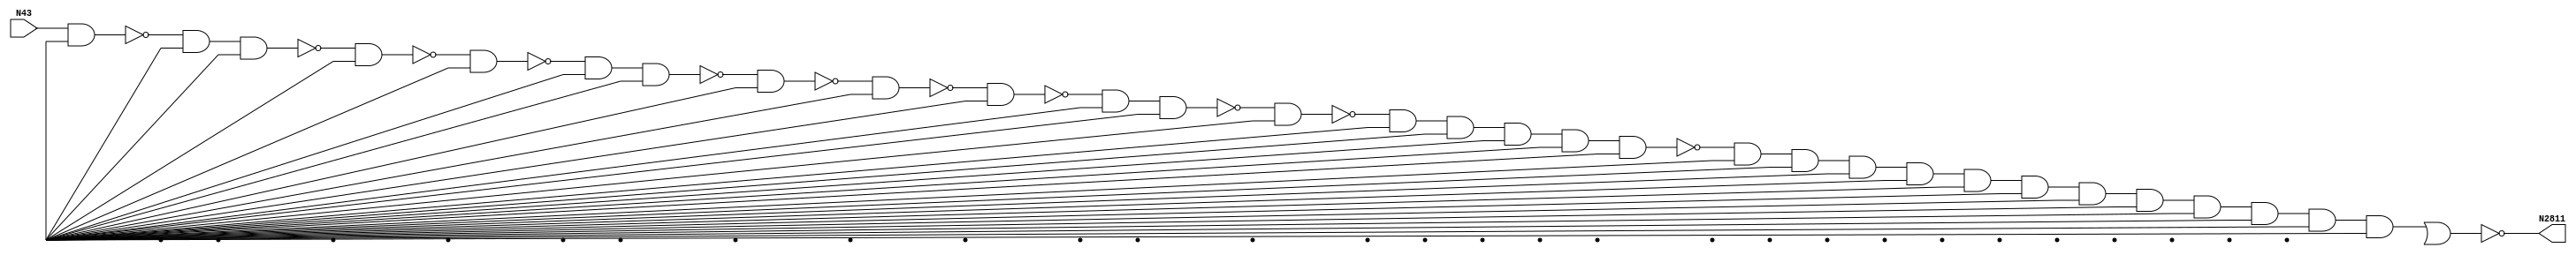
module singlepath (N43, N2811);
input N43;
output N2811;
wire N2788, N2205, N2552, N1493, N1367, N2021, N1734, N1731, N1786, N2022, N1623, N2315, N1554, N2611, N1882, N571, N2229, N1454, N1521, N1987, N243, N1216, N2235, N2576, N1936, N727, N1314, N1025, N2269, N385, N2620, N1215, N745, N1841, N1787, N1911, N1883, N2039, N2789, N2555, N2081, N1453, N2202, N1022, N2228, N2658, N2245, N1658, N2628, N2272, N2800, N2326, N2573, N1810, N2617, N2614, N2655, N2061, N2661, N2664, N2746, N2750, Vcc, gnd;
not NOT1_15(N243, N43);
buf BUFF1_57(N385, N43);
buf BUFF1_86(N571, N243);
buf BUFF1_138(N727, N243);
buf BUFF1_144(N745, N243);
buf BUFF1_223(N1022, N571);
buf BUFF1_224(N1025, N571);
not NOT1_280(N1215, N1025);
nand NAND2_281(N1216, N1025, Vcc);
nand NAND2_318(N1314, N1215, Vcc);
nand NAND2_340(N1367, N1314, Vcc);
nand NAND2_374(N1453, N1367, Vcc);
not NOT1_375(N1454, N1367);
nand NAND2_402(N1493, N1454, Vcc);
nand NAND2_416(N1521, N1493, Vcc);
not NOT1_429(N1554, N1521);
buf BUFF1_450(N1623, N1554);
buf BUFF1_459(N1658, N1554);
buf BUFF1_492(N1731, N1623);
buf BUFF1_493(N1734, N1623);
not NOT1_515(N1786, N1734);
nand NAND2_516(N1787, N1734, Vcc);
nand NAND2_528(N1810, N1786, Vcc);
nand NAND2_542(N1841, N1810, Vcc);
nand NAND2_559(N1882, N1841, Vcc);
not NOT1_560(N1883, N1841);
nand NAND2_570(N1911, N1883, Vcc);
nand NAND2_583(N1936, N1911, Vcc);
not NOT1_603(N1987, N1936);
not NOT1_622(N2021, N1987);
nand NAND2_623(N2022, N1987, Vcc);
nand NAND2_634(N2039, N2021, Vcc);
nand NAND2_642(N2061, N2039, Vcc);
nand NAND2_650(N2081, N2061, Vcc);
buf BUFF1_661(N2202, N2081);
buf BUFF1_662(N2205, N2081);
nand NAND2_673(N2228, N2202, Vcc);
not NOT1_674(N2229, N2202);
nand NAND2_680(N2235, N2229, Vcc);
nand NAND2_686(N2245, N2235, Vcc);
not NOT1_694(N2269, N2245);
and AND2_695(N2272, N2245, Vcc);
buf BUFF1_699(N2315, N2272);
buf BUFF1_700(N2326, N2272);
nand NAND5_715(N2552, N2326, Vcc, Vcc, Vcc, Vcc);
nand NAND5_716(N2555, N2326, Vcc, Vcc, Vcc, Vcc);
and AND5_722(N2573, N2326, Vcc, Vcc, Vcc, Vcc);
and AND5_723(N2576, N2326, Vcc, Vcc, Vcc, Vcc);
nand NAND5_729(N2611, N2326, Vcc, Vcc, Vcc, Vcc);
nand NAND5_730(N2614, N2326, Vcc, Vcc, Vcc, Vcc);
nand NAND5_731(N2617, N2326, Vcc, Vcc, Vcc, Vcc);
nand NAND5_732(N2620, N2326, Vcc, Vcc, Vcc, Vcc);
nand NAND5_734(N2628, N2326, Vcc, Vcc, Vcc, Vcc);
and AND5_746(N2655, N2326, Vcc, Vcc, Vcc, Vcc);
and AND5_747(N2658, N2326, Vcc, Vcc, Vcc, Vcc);
and AND5_748(N2661, N2326, Vcc, Vcc, Vcc, Vcc);
and AND5_749(N2664, N2326, Vcc, Vcc, Vcc, Vcc);
nand NAND8_791(N2746, N2617, Vcc, Vcc, Vcc, Vcc, Vcc, Vcc, Vcc);
and AND8_793(N2750, N2617, Vcc, Vcc, Vcc, Vcc, Vcc, Vcc, Vcc);
and AND3_821(N2788, N2750, Vcc, Vcc);
nand NAND2_822(N2789, N2750, Vcc);
and AND4_823(N2800, N2788, Vcc, Vcc, Vcc);
nor NOR2_828(N2811, N2800, gnd);

endmodule